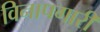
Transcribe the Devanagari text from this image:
विनापगारी